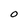
Character: O